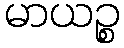
မာယဉ္စ